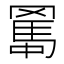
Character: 𦋱